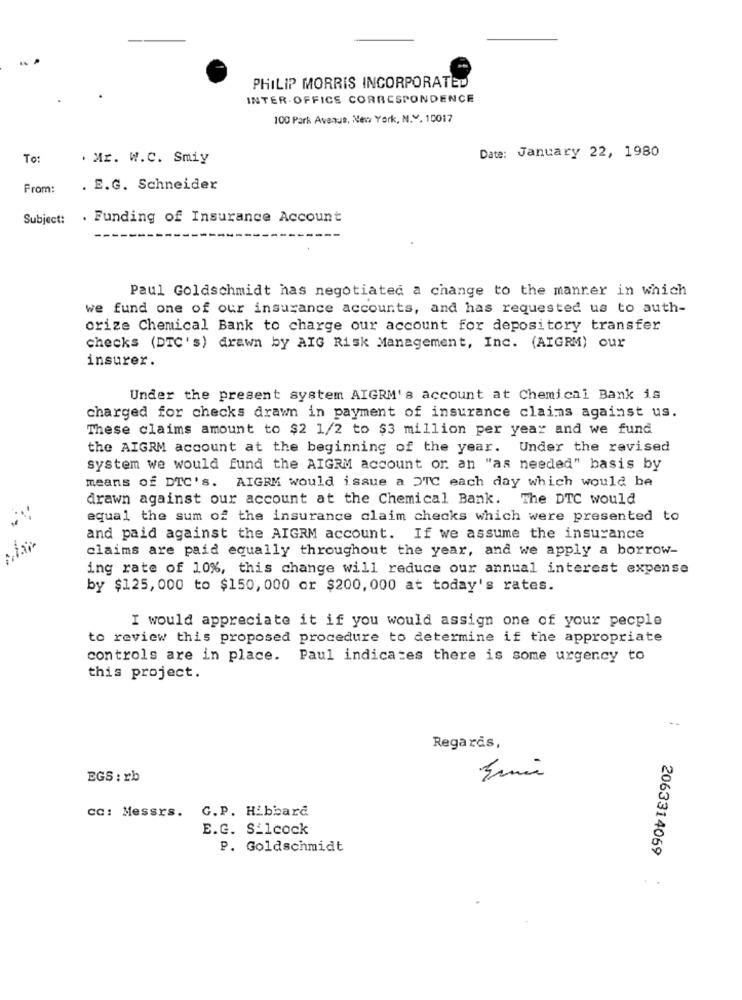
PHILIP MORRIS INCORPORATED
INTER- OFFICE CORRESPONDENCE
100 Park Avenue, New York, N.V. 10017
To:
. Mr. W.C. Smiy
Date: January 22, 1980
From:
. E.G. Schneider
Subject:
. Funding of Insurance Account
Paul Goldschmidt has negotiated a change to the manrer in which
we fund one of our insurance accounts, and has requested us to auth-
orize Chemical Bank to charge our account for depository transfer
checks (DTC's) drawn by AIG Risk Management, Inc. (AIGRM) our
insurer.
Under the present system AIGRM's account at Chemical Bank is
charged for checks drawn in payment of insurance claims against us.
These claims amount to $2 1/2 to $3 million per year and we fund
the AIGRM account at the beginning of the year. Under the revised
system we would fund the AIGRM account or an "as needed" basis by
means of DTC's. AIGRM would issue a OTC each day which would be
drawn against our account at the Chemical Bank. The DTC would
equal the sum of the insurance claim checks which were presented to
and paid against the AIGRM account. If we assume the insurance
claims are paid equally throughout the year, and we apply a borrow-
ing rate of 10%, this change will reduce our annual interest expense
by $125, 000 to $150, 000 or $200, 000 at today's rates.
I would appreciate it if you would assign one of your pecple
to review this proposed procedure to determine if the appropriate
controls are in place. Paul indicates there is some urgency to
this project.
Regards,
EGS : rb
cc: Messrs. G.P. Hibbard
E.G. S_1cock
P. Goldschmidt
2063314069
..